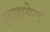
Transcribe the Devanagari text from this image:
लावायेल